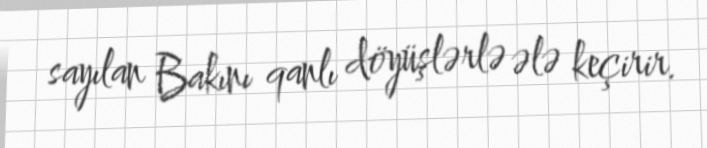
sayılan Bakını qanlı döyüşlərlə ələ keçirir.